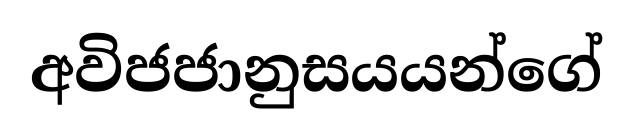
අවිජජානුසයයන්ගේ